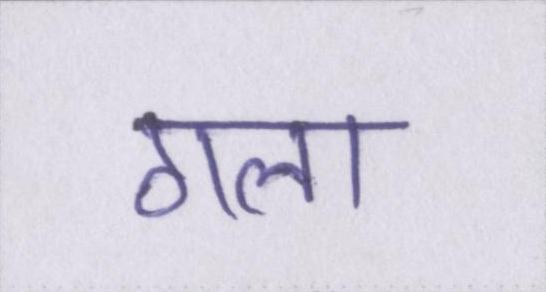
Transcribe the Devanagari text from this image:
गला